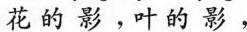
花的影，叶的影，